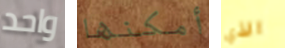
واحد أمكنها الذي